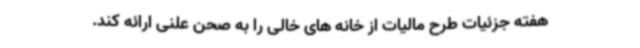
هفته جزئیات طرح مالیات از خانه های خالی را به صحن علنی ارائه کند.